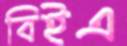
বিইএ